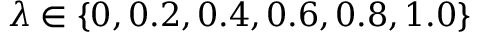
\lambda \in \{ 0 , 0 . 2 , 0 . 4 , 0 . 6 , 0 . 8 , 1 . 0 \}